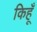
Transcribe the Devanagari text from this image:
किहूँ